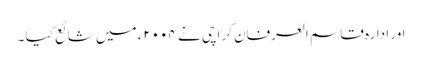
اور ادارہ قاسم العرفان کراچی نے ۲۰۰۴ء میں شائع کیا ۔